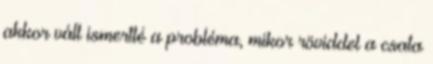
akkor vált ismertté a probléma, mikor röviddel a csata